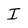
Character: I